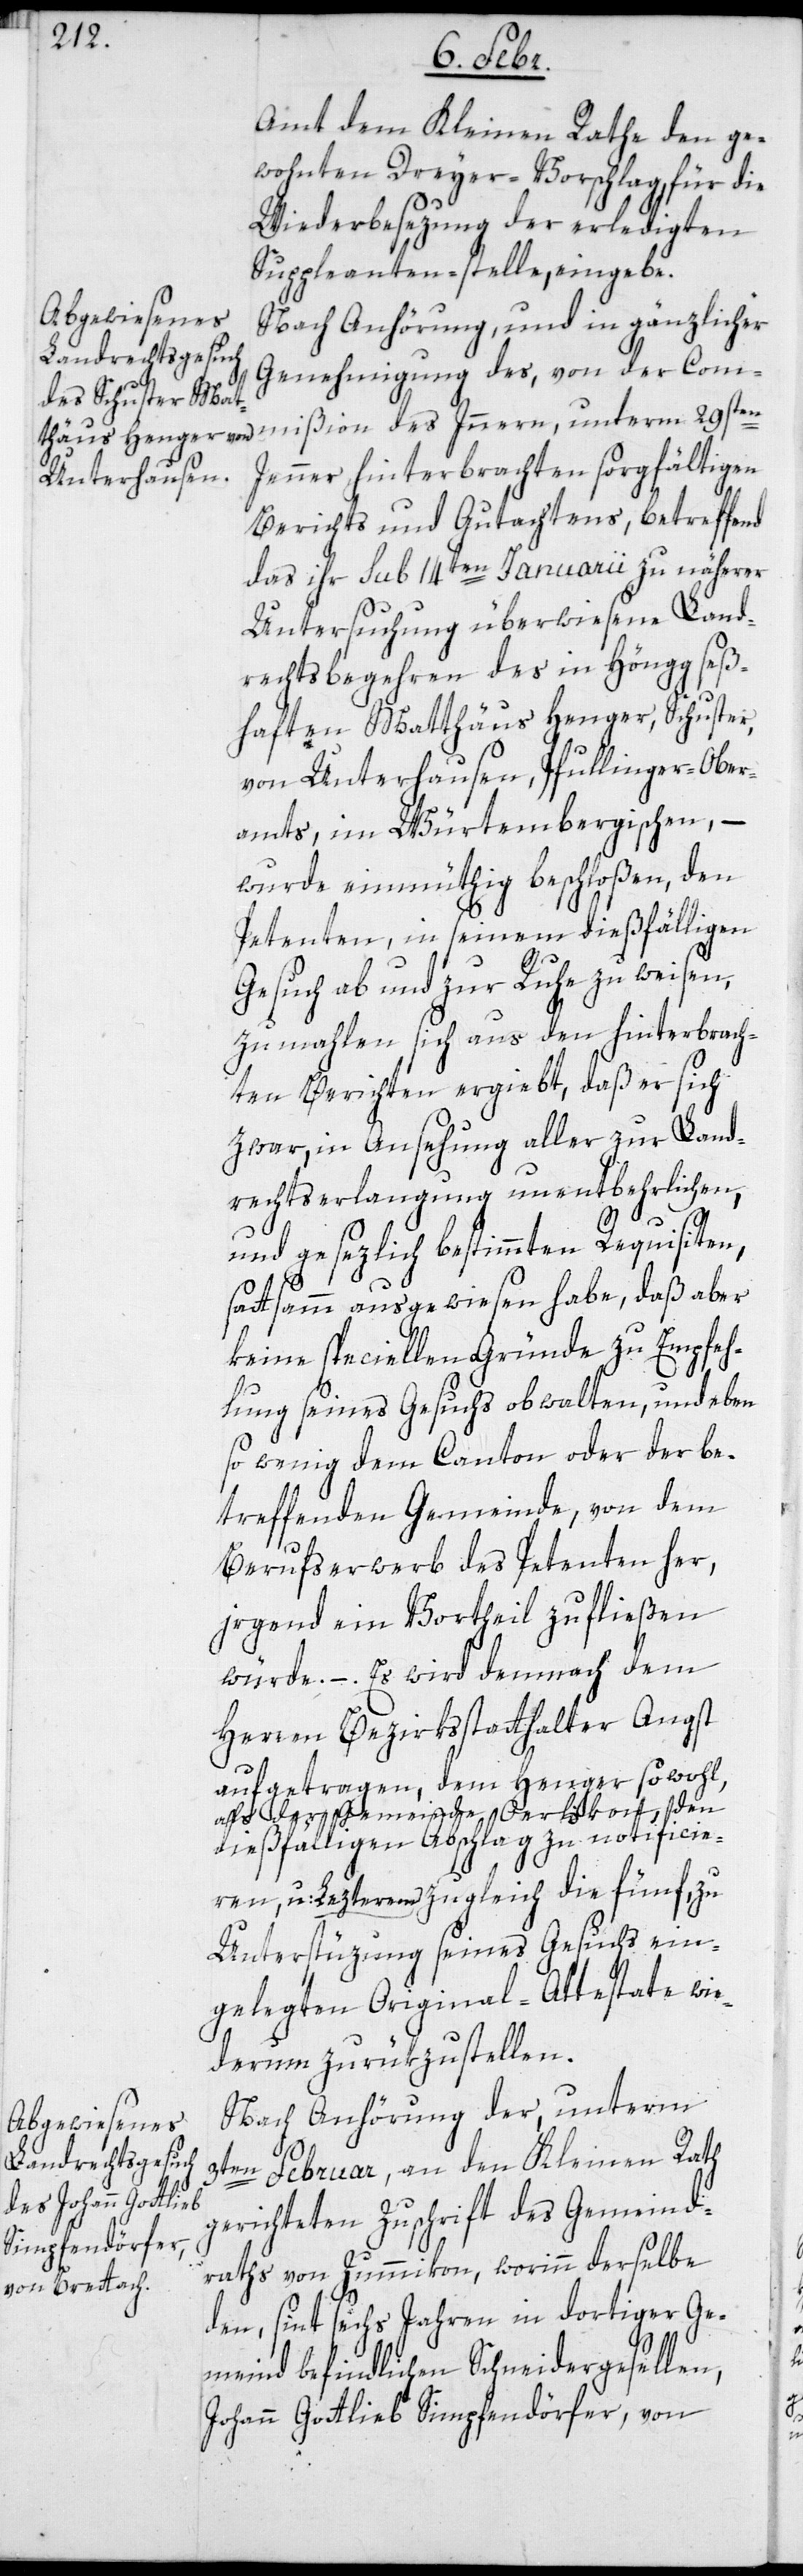
Amt dem Kleinen Rathe den ge¬
wohnten Dreyer-Vorschlag, für die
Wiederbesezung der erledigten
Suppleanten-stelle, eingebe.
Nach Anhörung, und in gänzlicher
Genehmigung des, von der Com¬
mißion des Inneren, unterm 29sten
Jenner hinterbrachten sorgfältigen
Berichts und Gutachtens, betreffend
das ihr sub 14ten Januarii zu näherer
Untersuchung überwiesene Land¬
rechtsbegehren des in Höngg seß¬
haften Matthäus Henger, Schuster
von Unterhausen, Pfullinger-Ober¬
amts im Würtembergischen, –
wurde einmüthig beschloßen, den
Petenten, in seinem dießfälligen
Gesuch ab- und zur Ruhe zu weisen,
zu mahlen sich aus den hinterbrach¬
ten Berichten ergiebt, daß er sich
zwar in Ansehung aller zur Land¬
rechts-Erlangung unentbehrlichen,
und gesezlich bestimmten Requisiten,
sattsamm ausgewiesen habe, daß aber
keine speciellen Gründe zu Empfeh¬
lung seines Gesuchs obwalten, und eben
so wenig dem Canton oder der be¬
treffenden Gemeinde, von dem
Berufserwerb des Petenten her,
irgend ein Vortheil zufließen
würde. – Es wird demnach dem
Herren Bezirksstatthalter Angst
aufgetragen, dem Henger sowohl,
als der Gemeinde Oerlikon, den
dießfälligen Abschlag zu notificie¬
ren, u: Lezterem zugleich die fünf, zu
Unterstüzung seines Gesuchs ein¬
gelegten Original-Attestate wie¬
derum zurükzustellen.
Nach Anhörung der, unterm
3ten Februar, an den Kleinen Rath
gerichteten Zuschrift des Gemeind¬
raths von Zummikon, worinn derselbe
den, sint sechs Jahren in dortiger Ge¬
meind befindlichen Schneidergesellen,
Johann Gottlieb Simpfendörfer, von